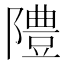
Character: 𨼷